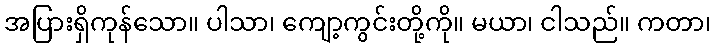
အပြားရှိကုန်သော။ ပါသာ၊ ကျော့ကွင်းတို့ကို။ မယာ၊ ငါသည်။ ကတာ၊